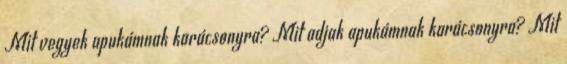
Mit vegyek apukámnak karácsonyra? Mit adjak apukámnak karácsonyra? Mit